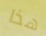
هذا